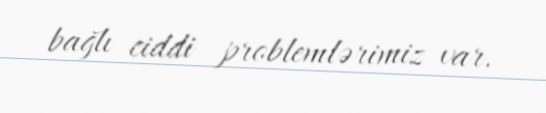
bağlı ciddi problemlərimiz var.